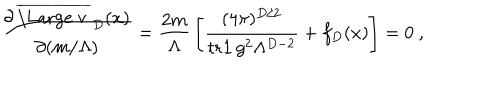
{ \frac { \partial \, \overline { { { \mathrm { \Large ~ v ~ } } } } _ { D } ( x ) } { \partial ( m / \Lambda ) } } = { \frac { 2 m } { \Lambda } } \left[ { \frac { ( 4 \pi ) ^ { D / 2 } } { { \mathrm { t r } } { \bf 1 } \, g ^ { 2 } \Lambda ^ { D - 2 } } } + f _ { D } ( x ) \right] = 0 \ ,